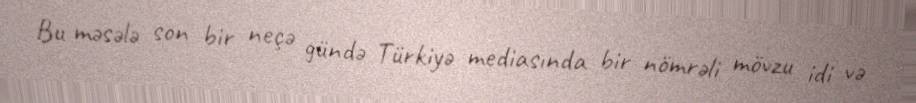
Bu məsələ son bir neçə gündə Türkiyə mediasında bir nömrəli mövzu idi və